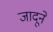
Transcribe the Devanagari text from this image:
जादूने